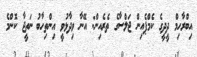
އިބްރާހިމް ދީދީގެ ކެމްޕެއިން ޖަލްސާގެ ތެރެއިން: އޭނާ ވިދާޅުވީ އިންތިހާބު ނަތީޖާ ކޮންމެ